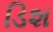
ડિશ